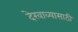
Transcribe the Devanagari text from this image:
देखाव्यासाठी